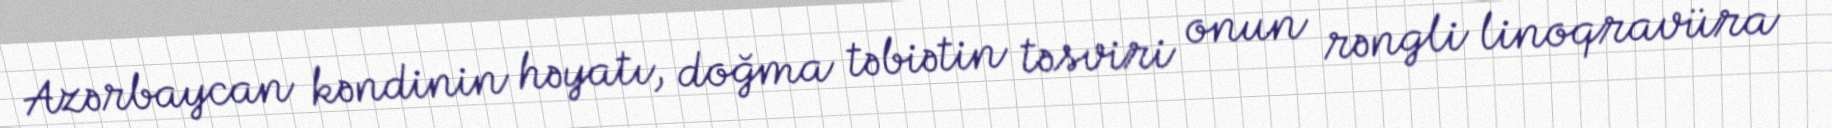
Azərbaycan kəndinin həyatı, doğma təbiətin təsviri onun rəngli linoqravüra